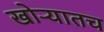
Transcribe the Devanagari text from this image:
खोऱ्यातच